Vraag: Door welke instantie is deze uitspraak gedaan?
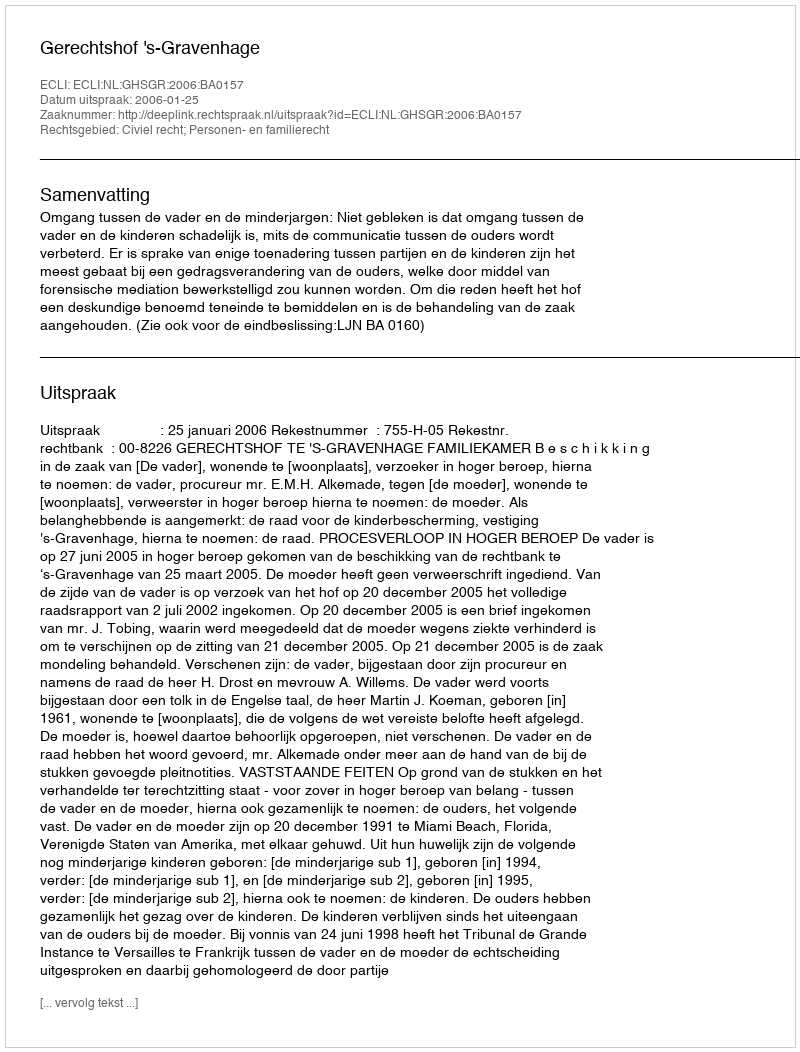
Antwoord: Gerechtshof 's-Gravenhage